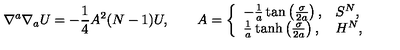
\nabla ^ { a } \nabla _ { a } U = - \frac { 1 } { 4 } A ^ { 2 } ( N - 1 ) U , \qquad A = \left\{ \begin{array} { l l } { - \frac { 1 } { a } \tan \left( \frac { \sigma } { 2 a } \right) , } & { S ^ { N } , } \\ { \frac { 1 } { a } \tanh \left( \frac { \sigma } { 2 a } \right) , } & { H ^ { N } , } \\ \end{array} \right.